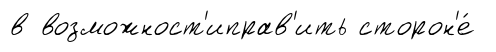
в возможност'иправ'ить сторон'е́